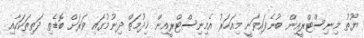
ޔޫތު މިނިސްޓްރީއިން ބުނެފައިވަނީ މިއަހަރު އެމިނިސްޓްރީއިން ޚިދުމަތް ދިނުމުގައި ވަރަށް ބޮޑެތި ދަތިތަކަކާއި